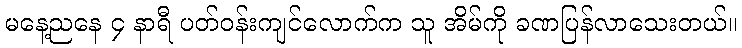
မနေ့ညနေ ၄ နာရီ ပတ်ဝန်းကျင်လောက်က သူ အိမ်ကို ခဏပြန်လာသေးတယ်။